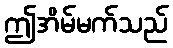
ဤအိမ်မက်သည်